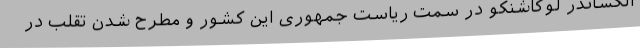
الکساندر لوکاشنکو در سمت ریاست جمهوری این کشور و مطرح شدن تقلب در